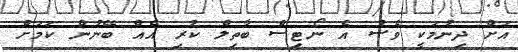
އަށް ދިނުމަކީ ވެސް އެ ނޯޓިސް ބާތިލް ކުރި އެއް ބޭނުން ކަމަށް